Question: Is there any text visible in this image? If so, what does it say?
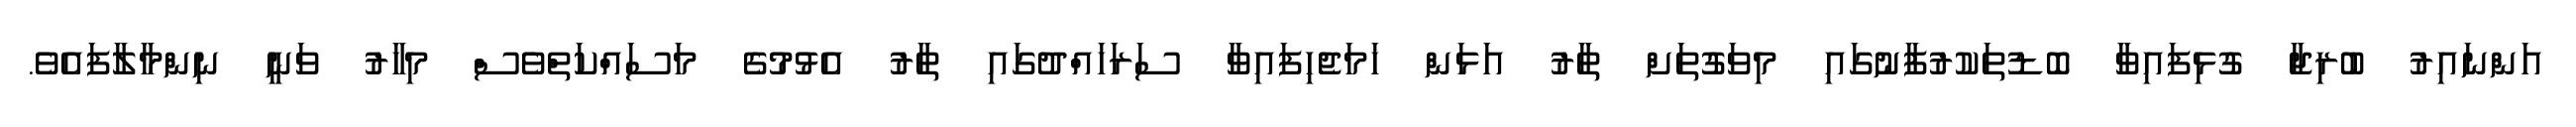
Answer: އަންނައިރު ބުރިޖާ ގުޅިފައިވާ ބޮޑުތަކުރުފާނުގައި މިވަގުތަށް ތާރު އަޅަން ހަމަޖެހިފައިވާ ސަރަހައްދުގައި ތާރު އެޅުމުގެ މަސައްކަތްވެސް މިހާރު ވަނީ ނިންމާލާފައެވެ.